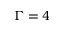
\Gamma = 4